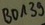
Text: BD139